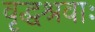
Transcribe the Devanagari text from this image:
वृद्धश्रवाः